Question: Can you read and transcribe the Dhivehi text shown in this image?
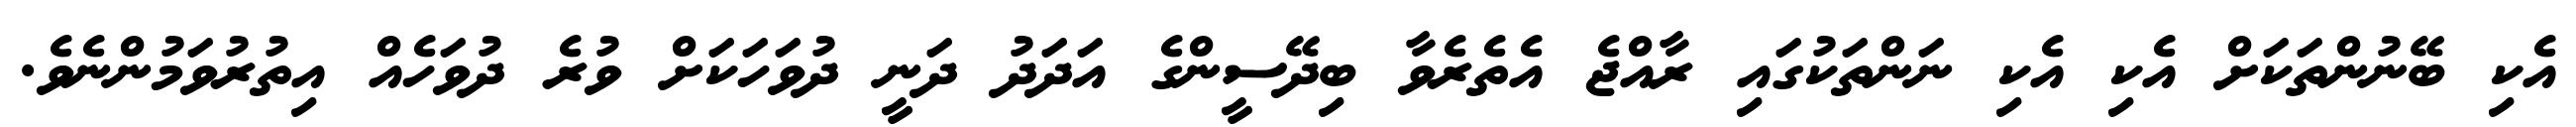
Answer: އެކި ބޭނުންތަކަށް އެކި އެކި ނަންތަކުގައި ރާއްޖެ އެތެރެވާ ބިދޭސީންގެ އަދަދު ދަނީ ދުވަހަކަށް ވުރެ ދުވަހެއް އިތުރުވަމުންނެވެ.